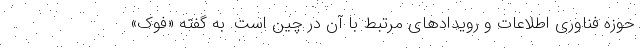
حوزه فناوری اطلاعات و رویدادهای مرتبط با آن در چین است. به گفته «فوک»